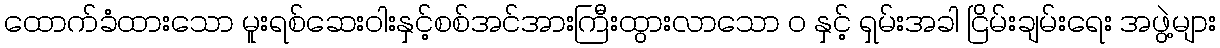
ထောက်ခံထားသော မူးရစ်ဆေးဝါးနှင့်စစ်အင်အားကြီးထွားလာသော ဝ နှင့် ရှမ်းအခါ ငြိမ်းချမ်းရေး အဖွဲ့များ